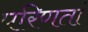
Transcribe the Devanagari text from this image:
परिणतां